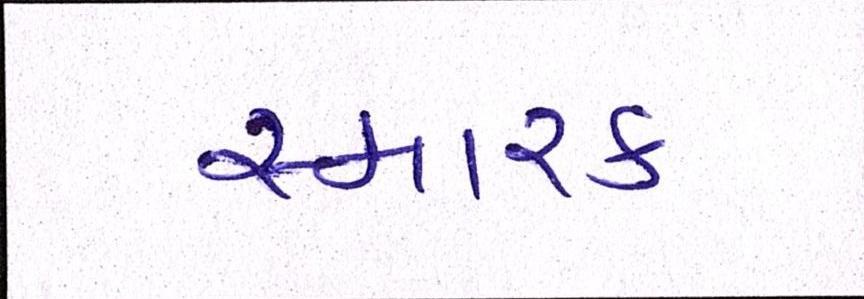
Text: સ્મારક